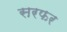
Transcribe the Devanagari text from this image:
सरफर